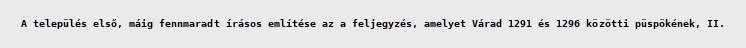
A település első, máig fennmaradt írásos említése az a feljegyzés, amelyet Várad 1291 és 1296 közötti püspökének, II.